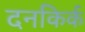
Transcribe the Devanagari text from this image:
दनकिर्क